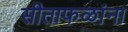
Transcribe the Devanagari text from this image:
सीताफळांना